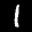
Label: 1